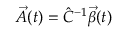
\Vec { A } ( t ) = \hat { C } ^ { - 1 } \Vec { \beta } ( t )